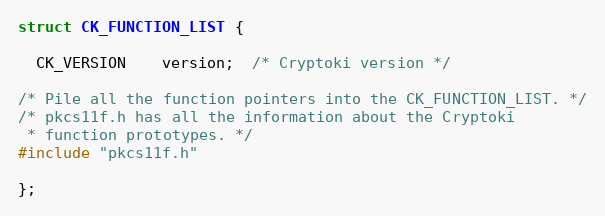
Language: C
struct CK_FUNCTION_LIST {

  CK_VERSION    version;  /* Cryptoki version */

/* Pile all the function pointers into the CK_FUNCTION_LIST. */
/* pkcs11f.h has all the information about the Cryptoki
 * function prototypes. */
#include "pkcs11f.h"

};